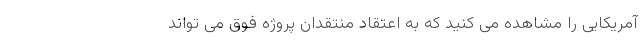
آمریکایی را مشاهده می کنید که به اعتقاد منتقدان پروژه فوق می تواند